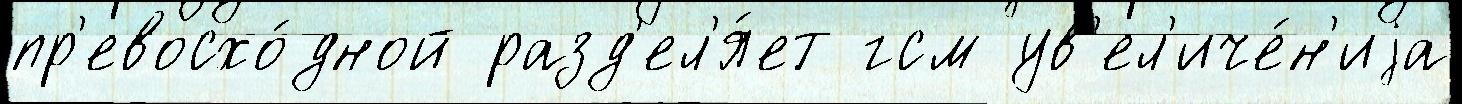
пр'евосхо́дной разд'ел'я́ет гсм ув'ел'иче́н'иjа